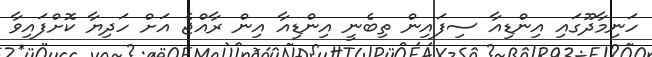
ހަނިމާދޫގައި އިންޑިއާ ސިފައިން ތިބެނީ އިންޑިއާ އިން ރާއްޖެ އަށް ހަދިޔާ ކޮށްފައިވާ